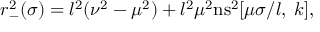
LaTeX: r _ { - } ^ { 2 } ( \sigma ) = l ^ { 2 } ( \nu ^ { 2 } - \mu ^ { 2 } ) + l ^ { 2 } \mu ^ { 2 } \mathrm { n s } ^ { 2 } [ \mu \sigma / l , \; k ] ,